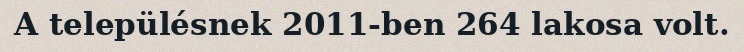
A településnek 2011-ben 264 lakosa volt.